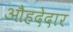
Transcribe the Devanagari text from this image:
औहदेदार